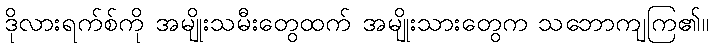
ဒိုလားရက်စ်ကို အမျိုးသမီးတွေထက် အမျိုးသားတွေက သဘောကျကြ၏။